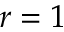
r = 1